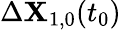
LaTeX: \Delta\mathbf{X}_{1,0}(t_{0})